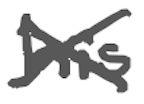
Text: his
Cross-out: cross
Writing tool: digital_gray